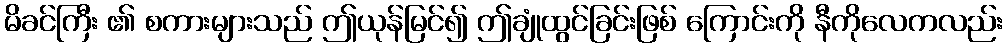
မိခင်ကြီး ၏ စကားများသည် ဤယုန်မြင်၍ ဤချုံထွင်ခြင်းဖြစ် ကြောင်းကို နီကိုလေကလည်း